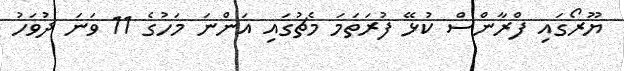
ޔޫރޯގައި ފްރާންސް ކުޅޭ ފުރަތަމަ މެޗުގައި އަންނަ މަހުގެ 11 ވަނަ ދުވަހު